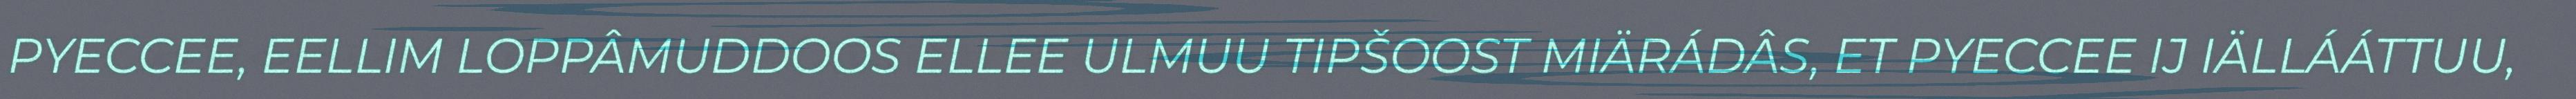
PYECCEE, EELLIM LOPPÂMUDDOOS ELLEE ULMUU TIPŠOOST MIÄRÁDÂS, ET PYECCEE IJ IÄLLÁÁTTUU,